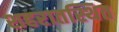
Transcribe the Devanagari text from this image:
शहरातस्थित